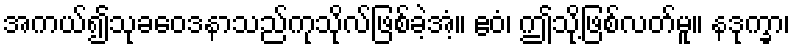
အကယ်၍သုခဝေဒနာသည်ကုသိုလ်ဖြစ်ခဲ့အံ့။ ဧဝံ၊ ဤသို့ဖြစ်လတ်မူ။ နဒုက္ခာ၊